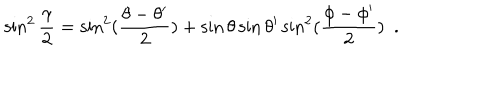
\sin ^ { 2 } { \frac { \gamma } { 2 } } = \sin ^ { 2 } ( { \frac { \theta - \theta ^ { \prime } } { 2 } } ) + \sin \theta \sin \theta ^ { \prime } \sin ^ { 2 } ( { \frac { \phi - \phi ^ { \prime } } { 2 } } ) ~ ~ .